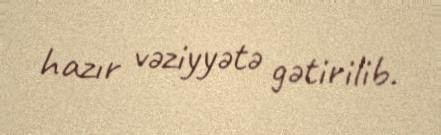
hazır vəziyyətə gətirilib.